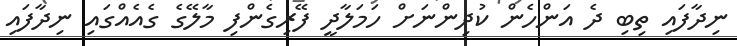
ނިދާފައި ތިބި ދެ އަންހެން ކުދިންނަށް ހަމަލާދީ ފޭރިގެންފި މާލޭގެ ގެއެއްގައި ނިދާފައި